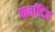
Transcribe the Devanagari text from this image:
फर्नांडिज़